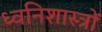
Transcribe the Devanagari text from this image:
ध्वनिशास्त्रों